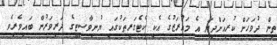
ތިން ދުވަހަށް ކުރިއަށްދިޔަ އެ މައުރަޒުގެ އެކި ކެޓެގަރީތަކުގައި ޔުނިވާސިޓީގެ ދަރިވަރުން ބައިވެރިވެ